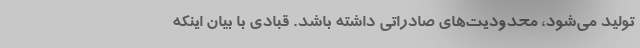
تولید می‌شود، محدودیت‌های صادراتی داشته باشد. قبادی با بیان اینکه